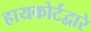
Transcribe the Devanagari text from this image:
हायकोर्टद्वारे